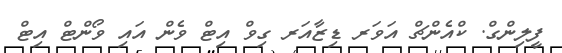
ފީލިންގް. ކްއެންޗް އަވަރ ޑިޒާއަރ ގިވް އިޓް ވެން އައި ވޯންޓް އިޓް